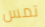
تمس